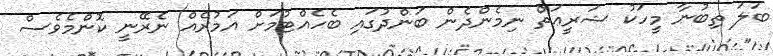
ބަލަ ތިބުނާ މީހަކު ޝަރީޢަތް ނިމެންދެން ބަންދުގައި ބެހެއްޓުމަށް އަމުރެއް ނެރޭނީ ކޮންމެވެސް